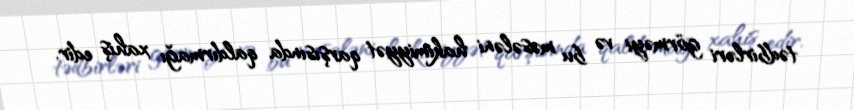
tədbirləri görməyi və bu məsələni hakimiyyət qarşısında qaldırmağı xahiş edir.